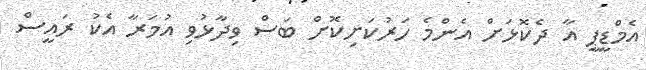
އެމްޑީޕީ އާ ދެކޮޅަށް އެންމެ ހަރުކަށިކޮށް ބަސް ވިދާޅުވި އުމަރާ އެކު ރައީސް